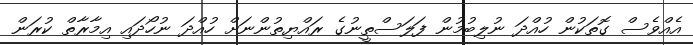
އެއްވެސް ގޮތަކުން ހުއްދަ ނުލިބުމުން ފަލަސްތީނުގެ ރައްޔިތުންނަށް ހުއްދަ ނުހޯދައި އިމާރާތް ކުރަން